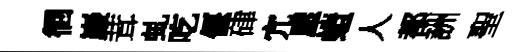
徊巖茸虬吃偃硉宂屋螘人都詶聖